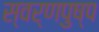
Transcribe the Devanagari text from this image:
स्वर्णपुष्प